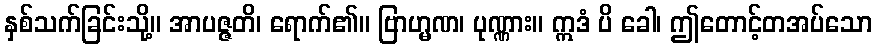
နှစ်သက်ခြင်းသို့။ အာပဇ္ဇတိ၊ ရောက်၏။ ဗြာဟ္မဏ၊ ပုဏ္ဏား။ ဣဒံ ပိ ခေါ၊ ဤတောင့်တအပ်သော